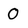
Character: 0